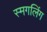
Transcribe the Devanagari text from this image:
स्मगलिंग